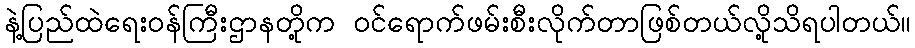
နဲ့ပြည်ထဲရေးဝန်ကြီးဌာနတို့က ဝင်ရောက်ဖမ်းစီးလိုက်တာဖြစ်တယ်လို့သိရပါတယ်။